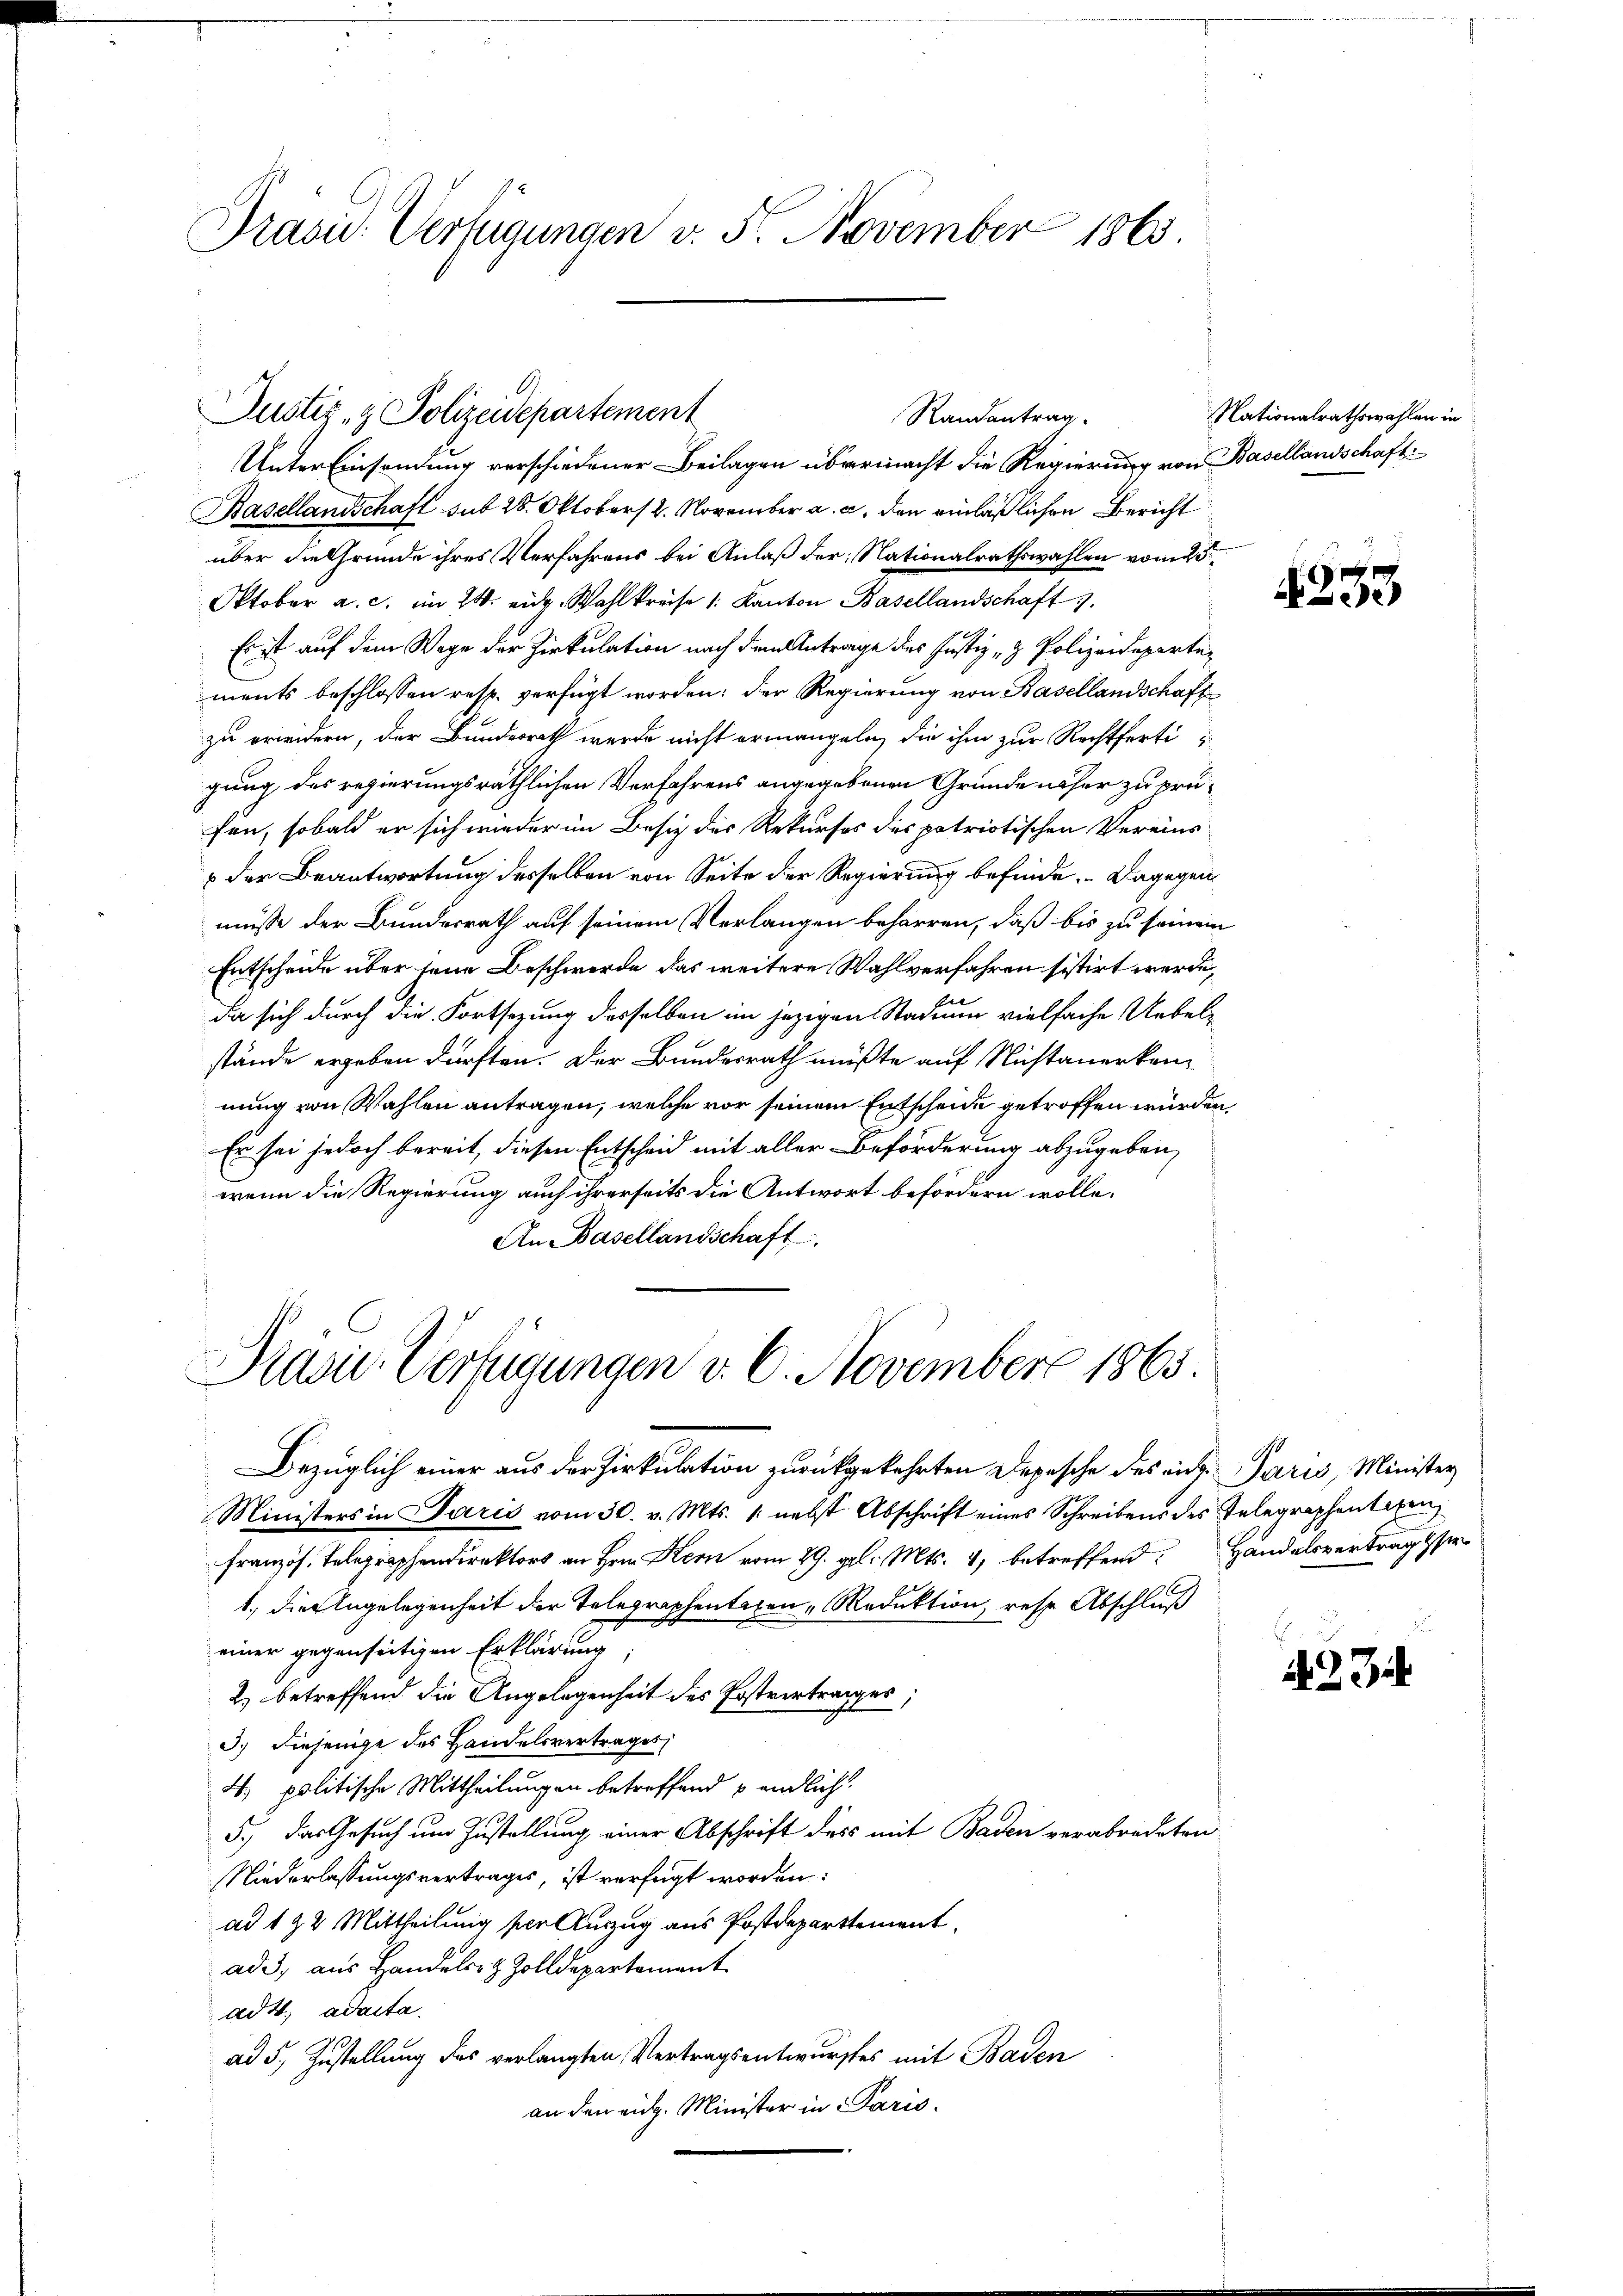
Präsid. Verfügungen v. 5. November 1865

Justiz- & Polizeidepartement
Randantrag

Unter Einsendung verschiedener Beilagen übermacht die Regierung von Basellandschaft
Basellandschaft sub 28. Oktober 2. November a. a. den einläßlichen Bericht
über die Gründe ihres Verfahrens bei Anlaß der Nationalrathswahlen vom 25
Oktober a. c. im 24. eidg. Wahlkreise 1: Kanton Basellandschaft 3.
Es ist auf dem Wage der Zirkulation nach dem Antrage des Justiz- & Polizeidepartements beschlossen resp. verfügt worden: der Regierung von Basellandschaft
zu erwidern, der Bundesrath werde nicht ermangeln, die ihm zur Rechtfertigung, des regierungsräthlichen Verfahrens angegebenen Grunde näher zu prüfen, sobald er sich wieder im Besiz des Rekurses des patriotischen Vereins
 der Beantwortung desselben von Seite der Regierung befinde. Dagegen
müsse der Bundesrath auf seinem Verlangen beharren, daß bis zu seinem
Entscheide über seine Beschwerde das weitere Wahlverfahren sistirt werde,
Da sich durch die Fortsetzung desselben im jezigen Stadiun vielfache Uebelstände ergeben dürften. Der Bundesrath müßte auf Nichtanerkennung von Wahlen antragen, welche vor seinem Entscheide getroffen würden,
Er sei jedoch bereit, diesen Entscheid mit aller Beförderung abzugeben,
wenn die Regierung auch ihrerseits die Antwort befördern wolle.
An Basellandschaft

Prasie Verfügungen v. 6. November 1865.

Bezüglich einer aus der Zirkulation zurückgekehrten Depesche des eit. Paris, Minister
Ministers in Paris vom 30. v. Mts. 1. nebst Abschrift eines Schreibens des Telegraphentagen,
französ. Telegraphendirektors an Hrn. Kern vom 29. gl. Mts. 4, betreffend. Handelsvertragser
1., die Angelegenheit der Telegraphentalen Reduktion, rese Abschluß
einer gegenseitigen Erklärung
2) betreffend die Angelegenheit des Postvertrages,
3.) Diejenige des Handelsvertrages
4. politische Mittheilungen betreffend & endlich
5.) Das Gesuch um Zustellung einer Abschrift des mit Baden verabredeten
Niederlassungsvertrages, ist verfügt worden:
ad 1 & 2 Mittheilung per Auszug aus Postdeparttement.
ade, aus Handels- & Zolldepartement
ad 4. ad acta.
ad 5. Zustellung des verlangten Vertragsentwurfes mit Baden
an den eidg. Minister in Paris.

Nationalrathswahlen in

4253.

2234